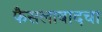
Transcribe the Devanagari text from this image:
फैसलाबादचा